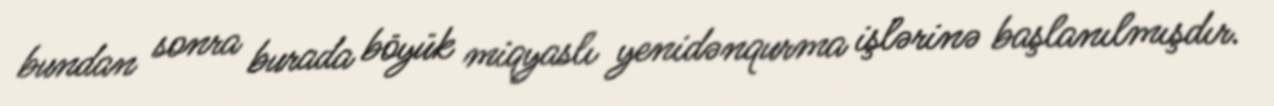
bundan sonra burada böyük miqyaslı yenidənqurma işlərinə başlanılmışdır.